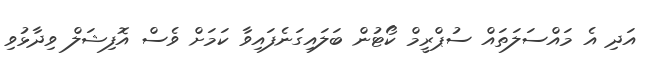
އަދި އެ މައްސަލަތައް ސުޕްރީމް ކޯޓުން ބަލައިގަނެފައިވާ ކަމަށް ވެސް އޮފިޝަލް ވިދާޅުވި